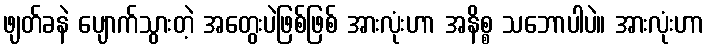
ဖျတ်ခနဲ ပျောက်သွားတဲ့ အတွေးပဲဖြစ်ဖြစ် အားလုံးဟာ အနိစ္စ သဘောပါပဲ။ အားလုံးဟာ